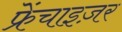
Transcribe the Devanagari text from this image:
फ्रेंचाइज़र